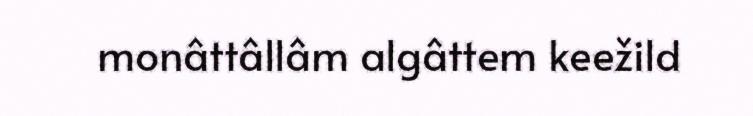
monâttâllâm algâttem keežild